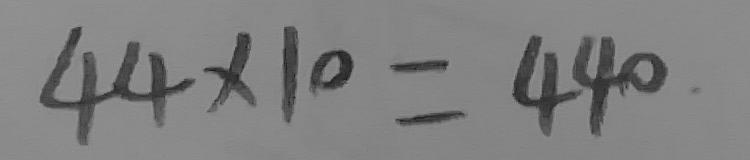
4 4 \times 1 0 = 4 4 0